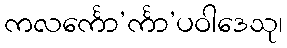
ကလင်္ကော’င်္ကာ’ပဝါဒေသု၊